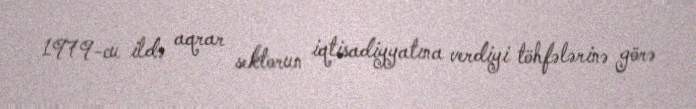
1979-cu ildə aqrar sektorun iqtisadiyyatına verdiyi töhfələrinə görə